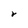
Character: r